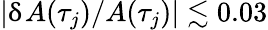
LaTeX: |\updelta A(\tau_{j})/A(\tau_{j})|\lesssim 0.03